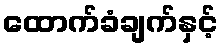
ထောက်ခံချက်နှင့်